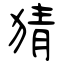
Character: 猜